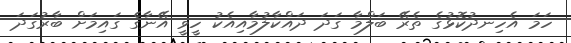
ހަމަ އެހިނދުކޮޅުގެ ތެރޭ ބަލްމާ ގަދަ ދައްކާލުމާއިއެކު ހީވީ އޭނާގެ ގައިމަށް ބާރުގަދަ